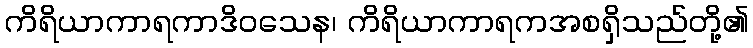
ကိရိယာကာရကာဒိဝသေန၊ ကိရိယာကာရကအစရှိသည်တို့၏